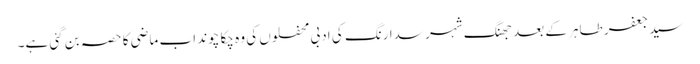
سید جعفر طاہر کے بعد جھنگ شہر سدا رنگ کی ادبی محفلوں کی وہ چکا چوند اب ماضی کا حصہ بن گئی ہے۔